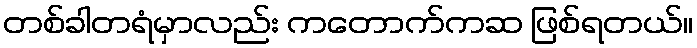
တစ်ခါတရံမှာလည်း ကတောက်ကဆ ဖြစ်ရတယ်။